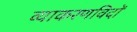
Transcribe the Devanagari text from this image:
व्याकरणविदों